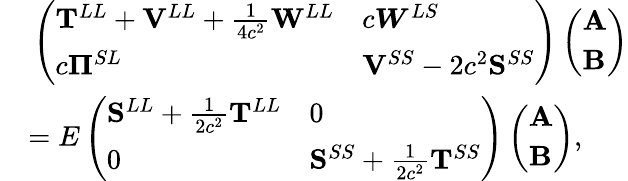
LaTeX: \begin{array}{rl}&{\, \left(\begin{array}{ll}{\mathbf{T}^{LL}+\mathbf{V}^{LL}+\frac{1}{4c^{2}}\mathbf{W}^{LL}}&{c\boldsymbol{W}^{LS}}\\ {c\boldsymbol{\Pi}^{SL}}&{\mathbf{V}^{SS}-2c^{2}\mathbf{S}^{SS}}\end{array}\right)\left(\begin{array}{l}{\mathbf{A}}\\ {\mathbf{B}}\end{array}\right)}\\ &{=E\left(\begin{array}{ll}{\mathbf{S}^{LL}+\frac{1}{2c^{2}}\mathbf{T}^{LL}}&{0}\\ {0}&{\mathbf{S}^{SS}+\frac{1}{2c^{2}}\mathbf{T}^{SS}}\end{array}\right)\left(\begin{array}{l}{\mathbf{A}}\\ {\mathbf{B}}\end{array}\right),}\end{array}